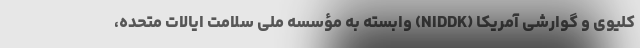
کلیوی و گوارشی آمریکا (NIDDK) وابسته به مؤسسه ملی سلامت ایالات متحده،